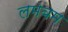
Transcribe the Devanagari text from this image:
लमबम